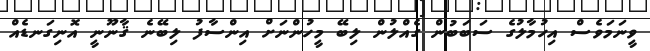
ވީނަމަވެސް އިހުމާލުގެ ސަބަބުން ގެއްލުން ލިބޭ މީހުންނަށް އިންސާފު ލިބޭނެ ޤާނޫނީ އޮނިގަނޑެއް